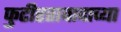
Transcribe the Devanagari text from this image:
फुटीरतावादाच्या